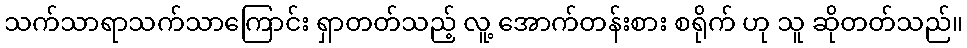
သက်သာရာသက်သာကြောင်း ရှာတတ်သည့် လူ့ အောက်တန်းစား စရိုက် ဟု သူ ဆိုတတ်သည်။